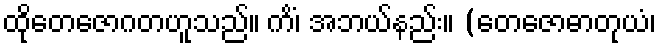
ထိုတေဇောဂတဟူသည်။ ကိံ၊ အဘယ်နည်း။ (တေဇောဓာတုယံ၊